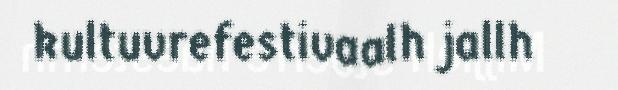
kultuvrefestivaalh jallh